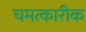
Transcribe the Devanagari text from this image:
चमत्कारीक